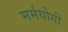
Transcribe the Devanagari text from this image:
मर्मयोगी